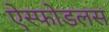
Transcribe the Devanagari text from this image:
ऐस्फोडलस